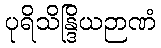
ပုရိသိန္ဒြိယဉာဏံ